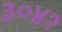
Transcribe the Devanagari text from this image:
३०४१